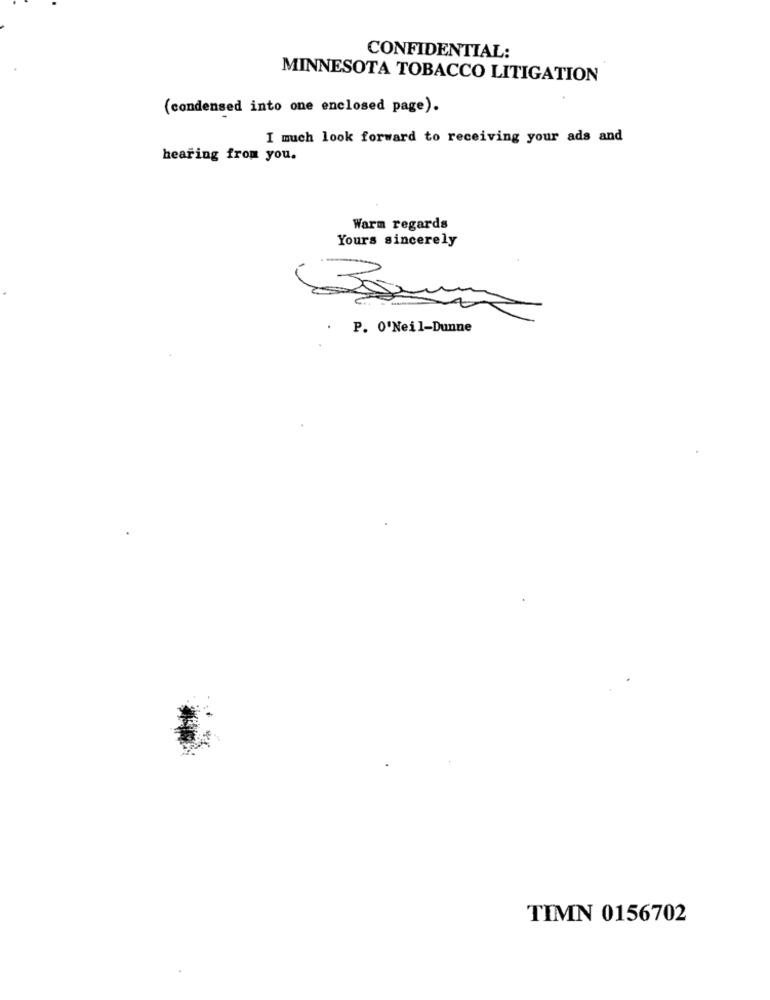
CONFIDENTIAL:
MINNESOTA TOBACCO LITIGATION
(condensed into one enclosed page).
I much look forward to receiving your ads and
hearing from you.
Warm regards
Yours sincerely
P. 0'Neil-Dunne
TIMN 0156702